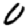
Digit: 0